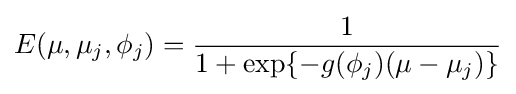
E(\mu ,\mu _{j},\phi _{j})={\frac {1}{1+\exp\{-g(\phi _{j})(\mu -\mu _{j})\}}}